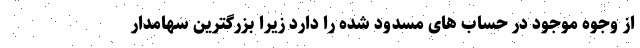
از وجوه موجود در حساب های مسدود شده را دارد زیرا بزرگترین سهامدار